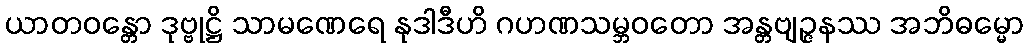
ယာတဝန္တော ဒုဗ္ဗုဋ္ဌိ သာမဏေရေ နုဒါဒီဟိ ဂဟဏသမ္ဘဝတော အန္တဗျဉ္ဇနဿ အဘိဓမ္မော